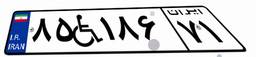
۸۵W۱۸۶۷۱